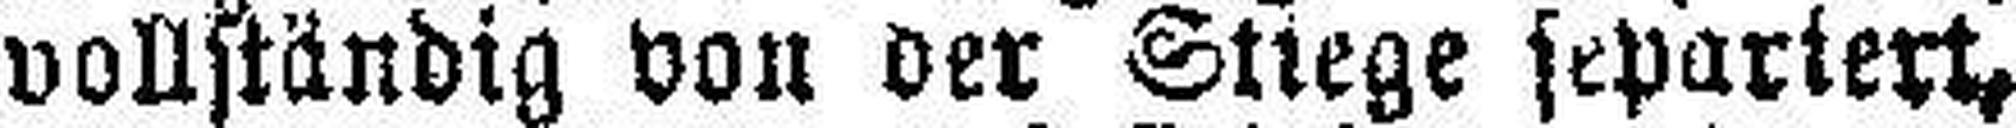
vollständig von der Stiege separiert,